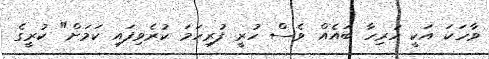
ވާހަކަ އަކީ ހުރިހާ ބައެއް ވެސް ހުރީ ފުރިހަމަ ކުރެވިފައި ކަމަށް" ކުރީގެ